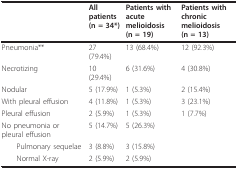
<table><thead><tr><td></td><td><b>All patients (n = 34*)</b></td><td><b>Patients with acute melioidosis (n = 19)</b></td><td><b>Patients with chronic melioidosis (n = 13)</b></td></tr></thead><tbody><tr><td>Pneumonia**</td><td>27 (79.4%)</td><td>13 (68.4%)</td><td>12 (92.3%)</td></tr><tr><td>Necrotizing</td><td>10 (29.4%)</td><td>6 (31.6%)</td><td>4 (30.8%)</td></tr><tr><td>Nodular</td><td>5 (17.9%)</td><td>1 (5.3%)</td><td>2 (15.4%)</td></tr><tr><td>With pleural effusion</td><td>4 (11.8%)</td><td>1 (5.3%)</td><td>3 (23.1%)</td></tr><tr><td>Pleural effusion</td><td>2 (5.9%)</td><td>1 (5.3%)</td><td>1 (7.7%)</td></tr><tr><td>No pneumonia or pleural effusion</td><td>5 (14.7%)</td><td>5 (26.3%)</td><td></td></tr><tr><td> Pulmonary sequelae</td><td>3 (8.8%)</td><td>3 (15.8%)</td><td></td></tr><tr><td> Normal X-ray</td><td>2 (5.9%)</td><td>2 (5.9%)</td><td></td></tr></tbody></table>